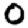
Digit: 0